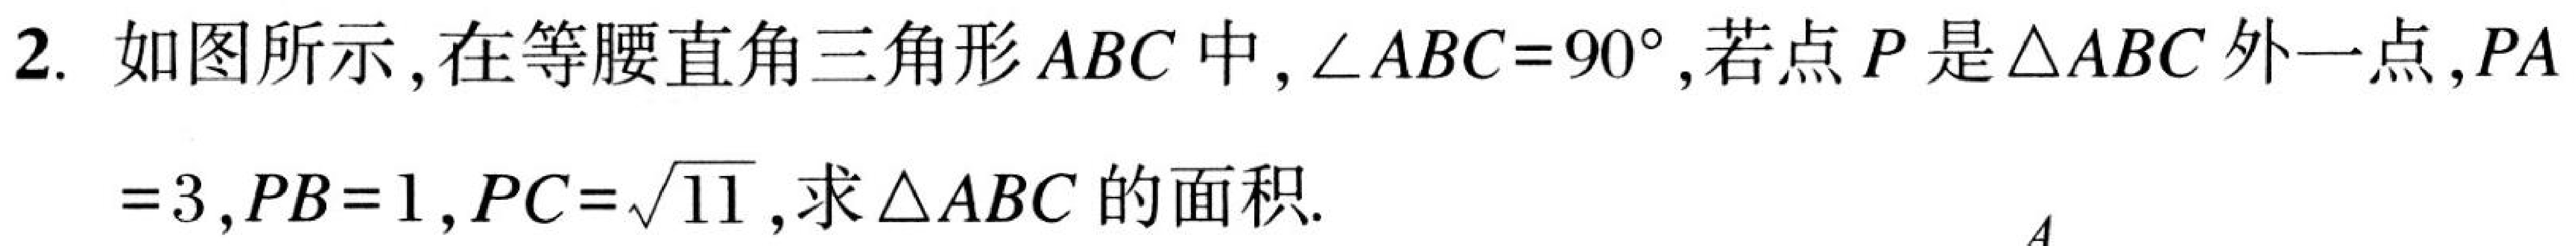
2. 如图所示，在等腰直角三角形\(ABC\)中，\(\angle ABC = 90^{\circ}\)，若点\(P\)是\(\triangle ABC\)外一点，\(PA = 3\)，\(PB = 1\)，\(PC=\sqrt{11}\)，求\(\triangle ABC\)的面积.